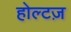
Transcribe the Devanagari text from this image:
होल्टज़